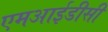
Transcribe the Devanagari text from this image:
एमआईडीसी